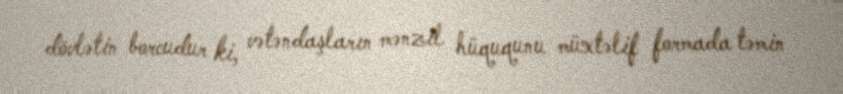
dövlətin borcudur ki, vətəndaşların mənzil hüququnu müxtəlif formada təmin